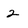
Character: 2